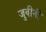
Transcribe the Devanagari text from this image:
जुवीनी